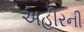
અહીરની